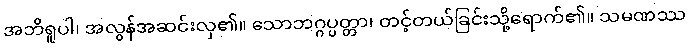
အဘိရူပါ၊ အလွန်အဆင်းလှ၏။ သောဘဂ္ဂပ္ပတ္တာ၊ တင့်တယ်ခြင်းသို့ရောက်၏။ သမဏဿ